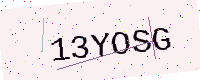
Text: 13YOSG